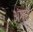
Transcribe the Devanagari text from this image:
अंगुर